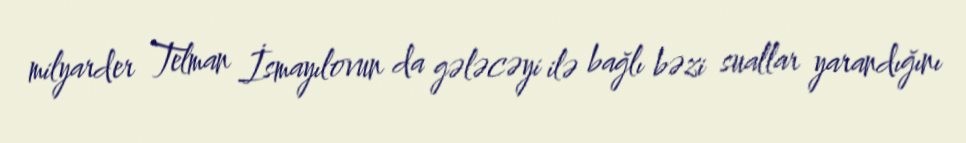
milyarder Telman İsmayılovun da gələcəyi ilə bağlı bəzi suallar yarandığını